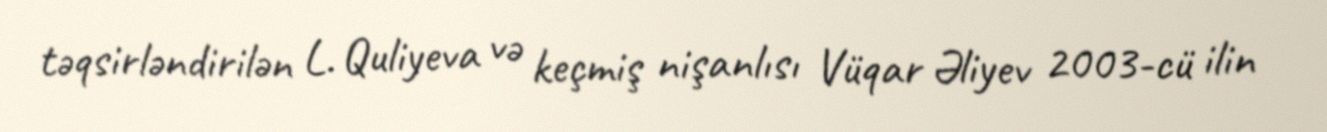
təqsirləndirilən L. Quliyeva və keçmiş nişanlısı Vüqar Əliyev 2003-cü ilin